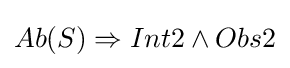
Ab(S)\Rightarrow Int2\wedge Obs2